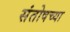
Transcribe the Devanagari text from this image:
संतोषच्या